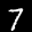
Label: 7